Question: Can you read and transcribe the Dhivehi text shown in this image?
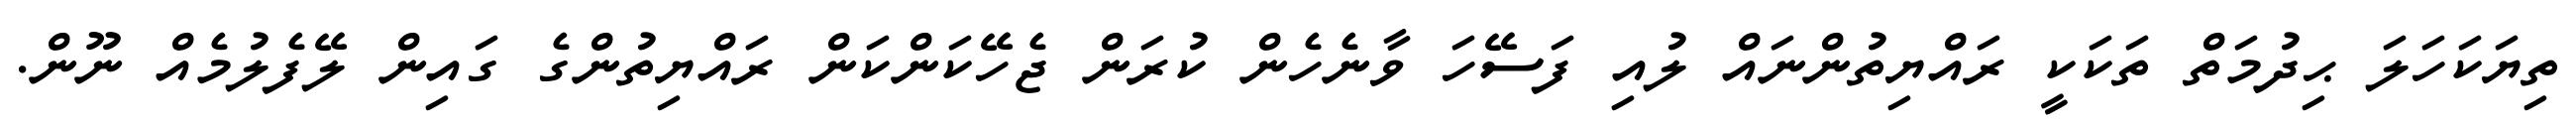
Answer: ތިޔަކަހަލަ ޙިދުމަތް ތަކަކީ ރައްޔިތުންނައް ލުއި ފަސޭހަ ވާނެހެން ކުރަން ޖެހޭކަންކަން ރައްޔިތުންގެ ގައިން ލޭފެލުމެއް ނޫން.